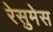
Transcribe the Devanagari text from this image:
रेसुमेस